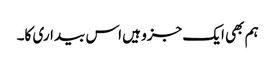
ہم بھی ایک جزو ہیں اس بیداری کا۔